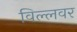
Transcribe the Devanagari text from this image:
विल्लवर